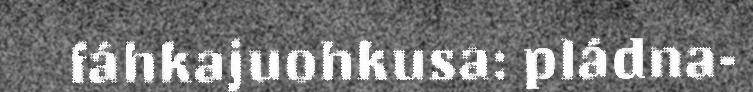
fáhkajuohkusa: pládna-